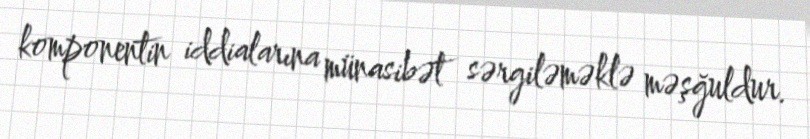
komponentin iddialarına münasibət sərgiləməklə məşğuldur.